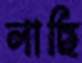
লাছি